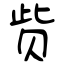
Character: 赀